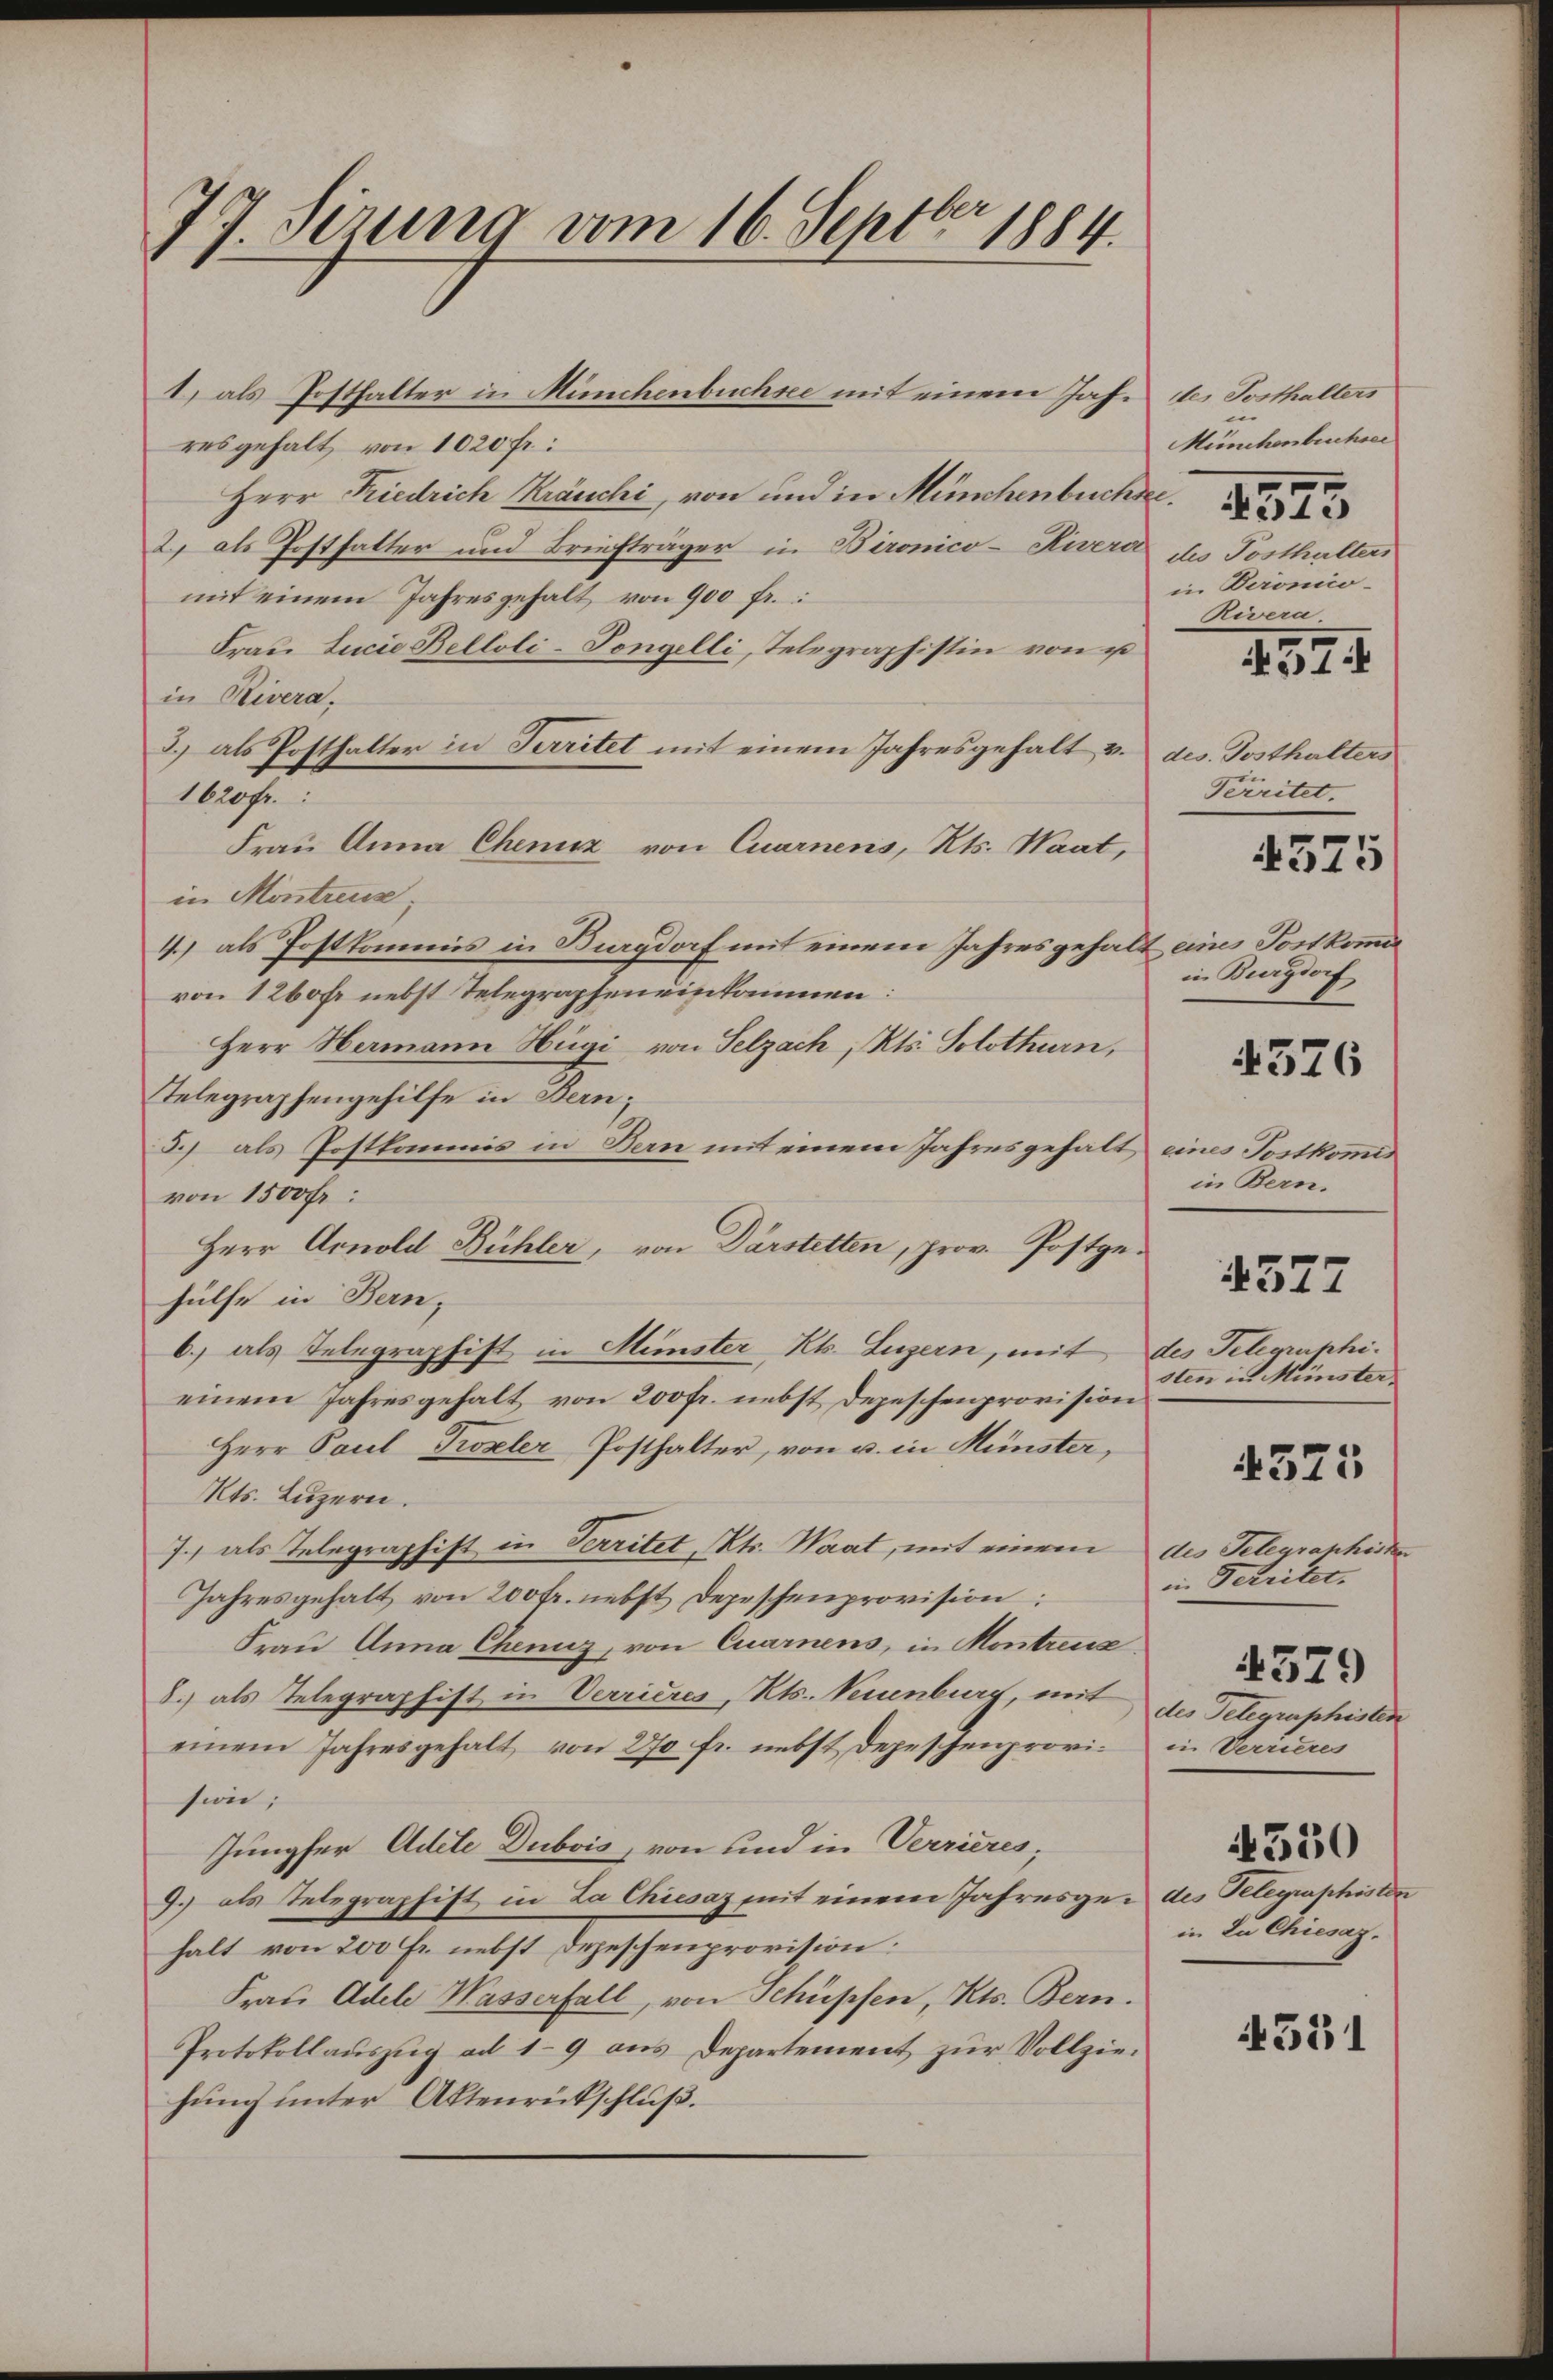
77. Serung vom 16. Septbr 1884.

1) als Posthalter in Münchenbuchsee mit einem Jahr der Posthalters
res gehalt von 1020 Fr:
Herr Friedrich Kräuchi, von und in Münchenbuche
2) als Postfatter und Briefträger in Bironico-Kivera
mit einem Jahresgehalt von 900 fr.:
Frau Lucia Belloli-Tongelli, Telegraphistin von e
in Rivera,
3.) als Posthalter in Territet mit einem Jahresgehalt v. des Posthalters
1620 fr.:
Frau Anna Chemiz von Quarnens, Kts. Waat,
in Montreux,
4.) als Postkommis in Burgdorf mit einem Jahresgehalt eines Postkommi
von 1260 fr nebst Telegrapheneinkommen:
Herr Hermann Hügi von Selzach, Kts. Solothurn,
Telegraphengehilfe in Bern;
3.) als Postkommis in Bern mit einem Jahresgehalt eines Tortkomis
von 1500 fr:
Herr Arnold Bühler, von Darstetten, prov. Postgehülfe in Bern,
b.) als Telegraphist in Münster, Kt. Luzern, mit des Telgrukhieinem Jahresgehalt von 200 fr. nebst Depeschenprovision
Herr Paul Kroxler Posthalter, von u. in Münster,
Kts. Luzern.
7.) als Telegraphist in Territet, Kts. Waat, mit einem des Telegraphirten
Jahresgehalt von 200 Fr. nebst Depeschenprovision:
Frau Anna Cheniz, von Quarnens, in Montreux.
8.) als Telegraphist in Verrieres, Kts. Neuenburg, mit des Telegraphisten
einem Jahresgehalt von 270 fr. nebst Depeschenprovi- in Verrieres
sion;
Jungfer Adele Dubois, von und in Verrieres,
9.) als Telegraphist in La Chiesaz mit einem Jahresge- des Telegraphisten
halt von 200 Fr. nebst Depeschenprovision:
Frau Adele Wasserfall, von Schüpfen, Kts. Bern.
Protokollauszug ad 19 aus Departement zur Vollziehung unter Aktenrückschluß.

Münchenbruchser
des Posthalters
in Beronico-
Rivera.
4574
Perritet.

4575

in Burgdorf
in Bern.
sten in Münster
4321
in Schriter.
4379
4550
in La Chiesaz.

4576

4377

4531